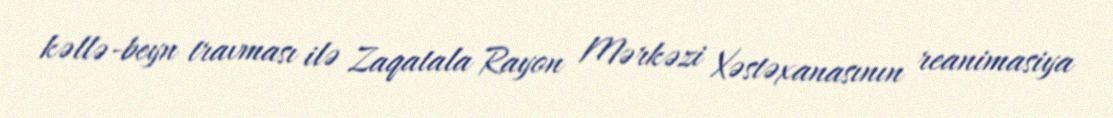
kəllə-beyn travması ilə Zaqatala Rayon Mərkəzi Xəstəxanasının reanimasiya